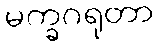
မက္ခဂရုတာ